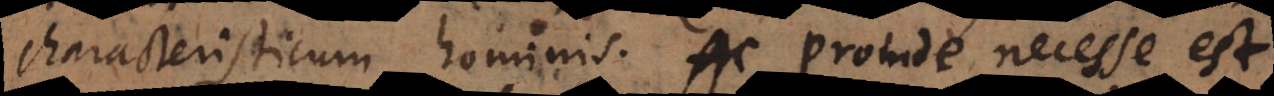
characteristicum hominis. Ac proinde necesse est